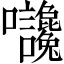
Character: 𡆙